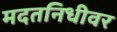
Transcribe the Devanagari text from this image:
मदतनिधीवर